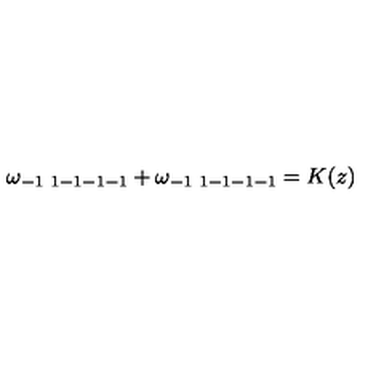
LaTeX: \omega _ { - 1 \ 1 - 1 - 1 - 1 } + \omega _ { - 1 \ 1 - 1 - 1 - 1 } = K ( z )